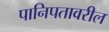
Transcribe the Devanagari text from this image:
पानिपतावरील